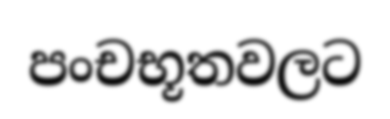
පංචභූතවලට